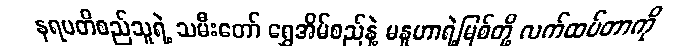
နရပတိစည်သူရဲ့ သမီးတော် ရွှေအိမ်စည်နဲ့ မနူဟာရဲ့မြစ်တို့ လက်ထပ်တာကို